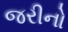
જરીનો